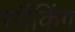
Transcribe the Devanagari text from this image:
स्पैंकिंग